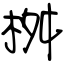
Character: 桝